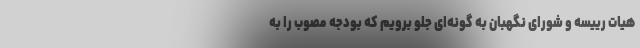
هیات رییسه و شورای نگهبان به گونه‌ای جلو برویم که بودجه مصوب را به